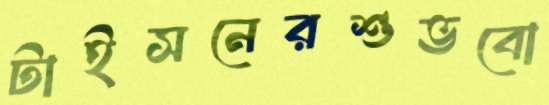
টাইসনেরশুভবো